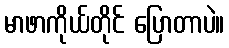
မာဖာကိုယ်တိုင် ပြောတာပဲ။